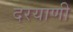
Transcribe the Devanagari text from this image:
दरयाणी